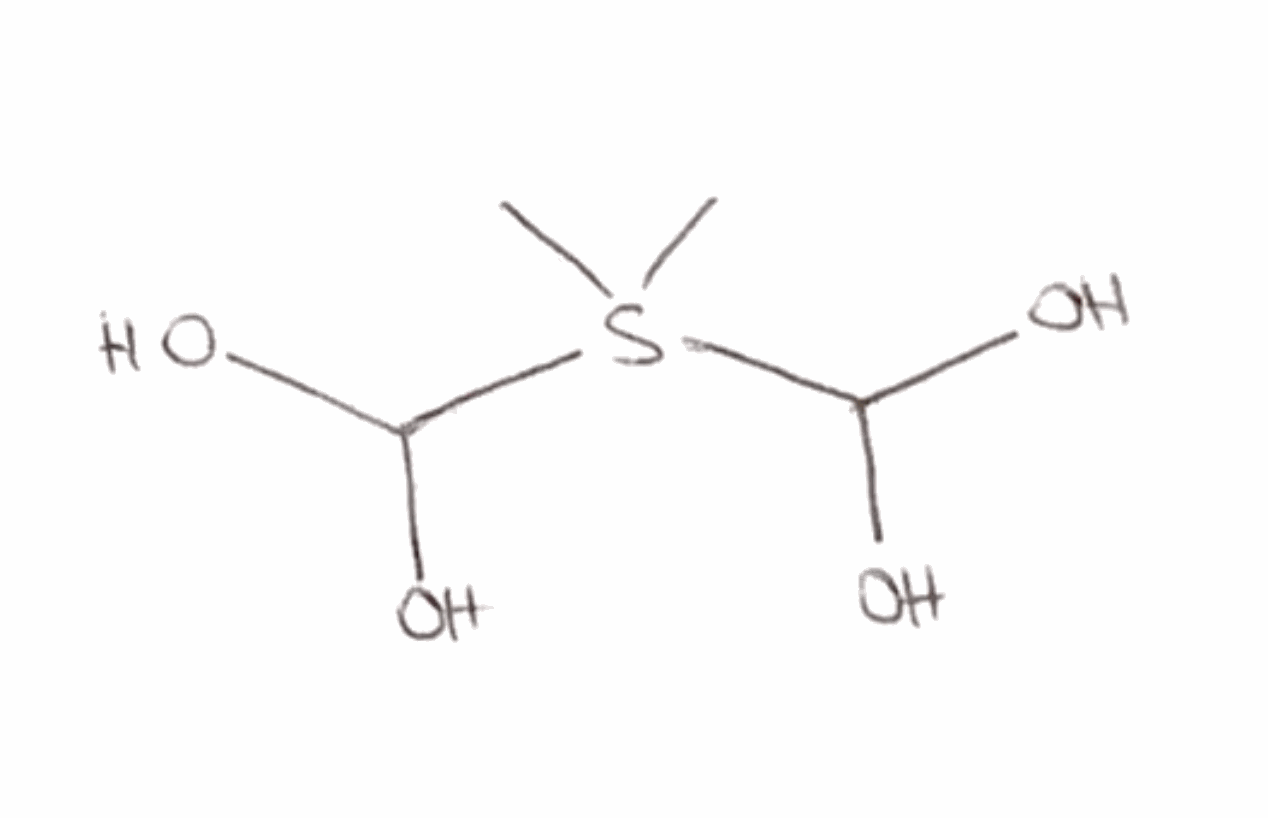
Simplified molecular-input line-entry system (SMILES) notation of the given molecule:
CS(C)(C(O)O)C(O)O